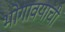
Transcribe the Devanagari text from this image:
भोगावयाची